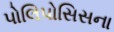
પોલિપોસિસના